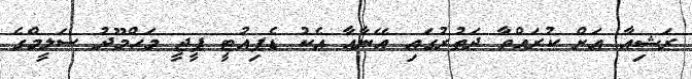
ރަޝިއާ އަށް ކުރައްވާ ދަތުރުގައި އޭނާއާ އެކު ޑެޕިއުޓީ ޕީޖީ މަހްމޫދު ސަލީމްގެ